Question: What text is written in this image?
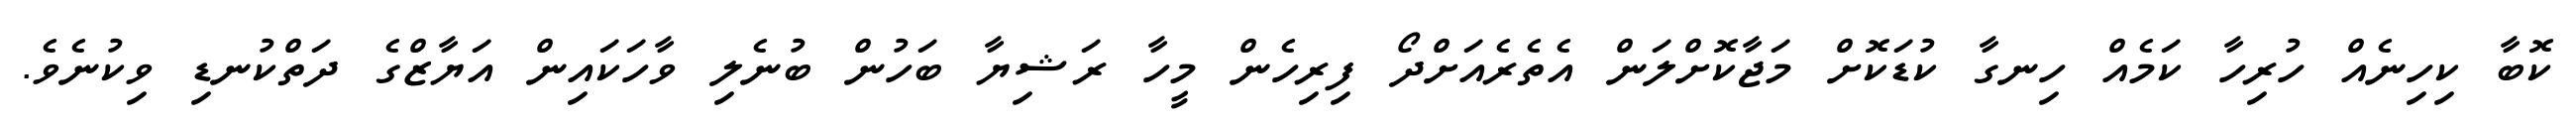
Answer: ކޮބާ ކިހިނެއް ހުރިހާ ކަމެއް ހިނގާ ކުޑަކޮށް މަޖާކޮށްލަން އެތެރެއަށްދޯ ފިރިހެން މީހާ ރަޝިޔާ ބަހުން ބުނެލި ވާހަކައިން އަޔާޒްގެ ދަތްކުނޑި ވިކުނެވެ.